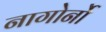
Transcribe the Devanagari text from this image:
नागोर्नो